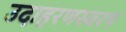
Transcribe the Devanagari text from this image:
उदाहरणस्वरप